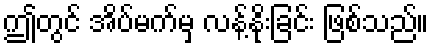
ဤတွင် အိပ်မက်မှ လန့်နိုးခြင်း ဖြစ်သည်။